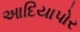
આદિયાપોર